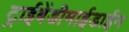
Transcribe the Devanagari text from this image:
ट्राईबेंडीमाईडाईन